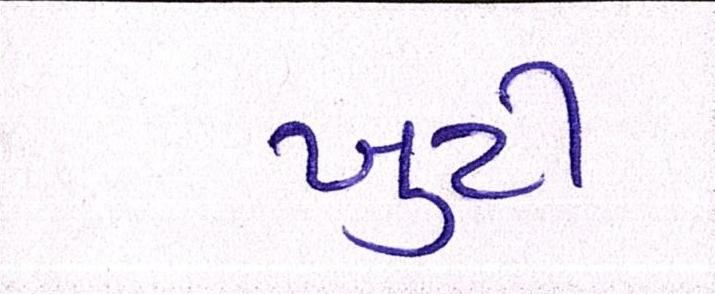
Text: ખુટી